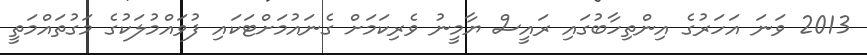
2013 ވަނަ އަހަރުގެ އިންތިހާބުގައި ރައީސް ޔާމީނު ވެރިކަމަށް ގެނައުމަށްޓަކައި ފުވައްމުލަކުގެ މަގުތައްމަތީ